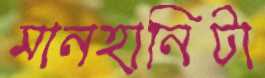
মানহানিটা